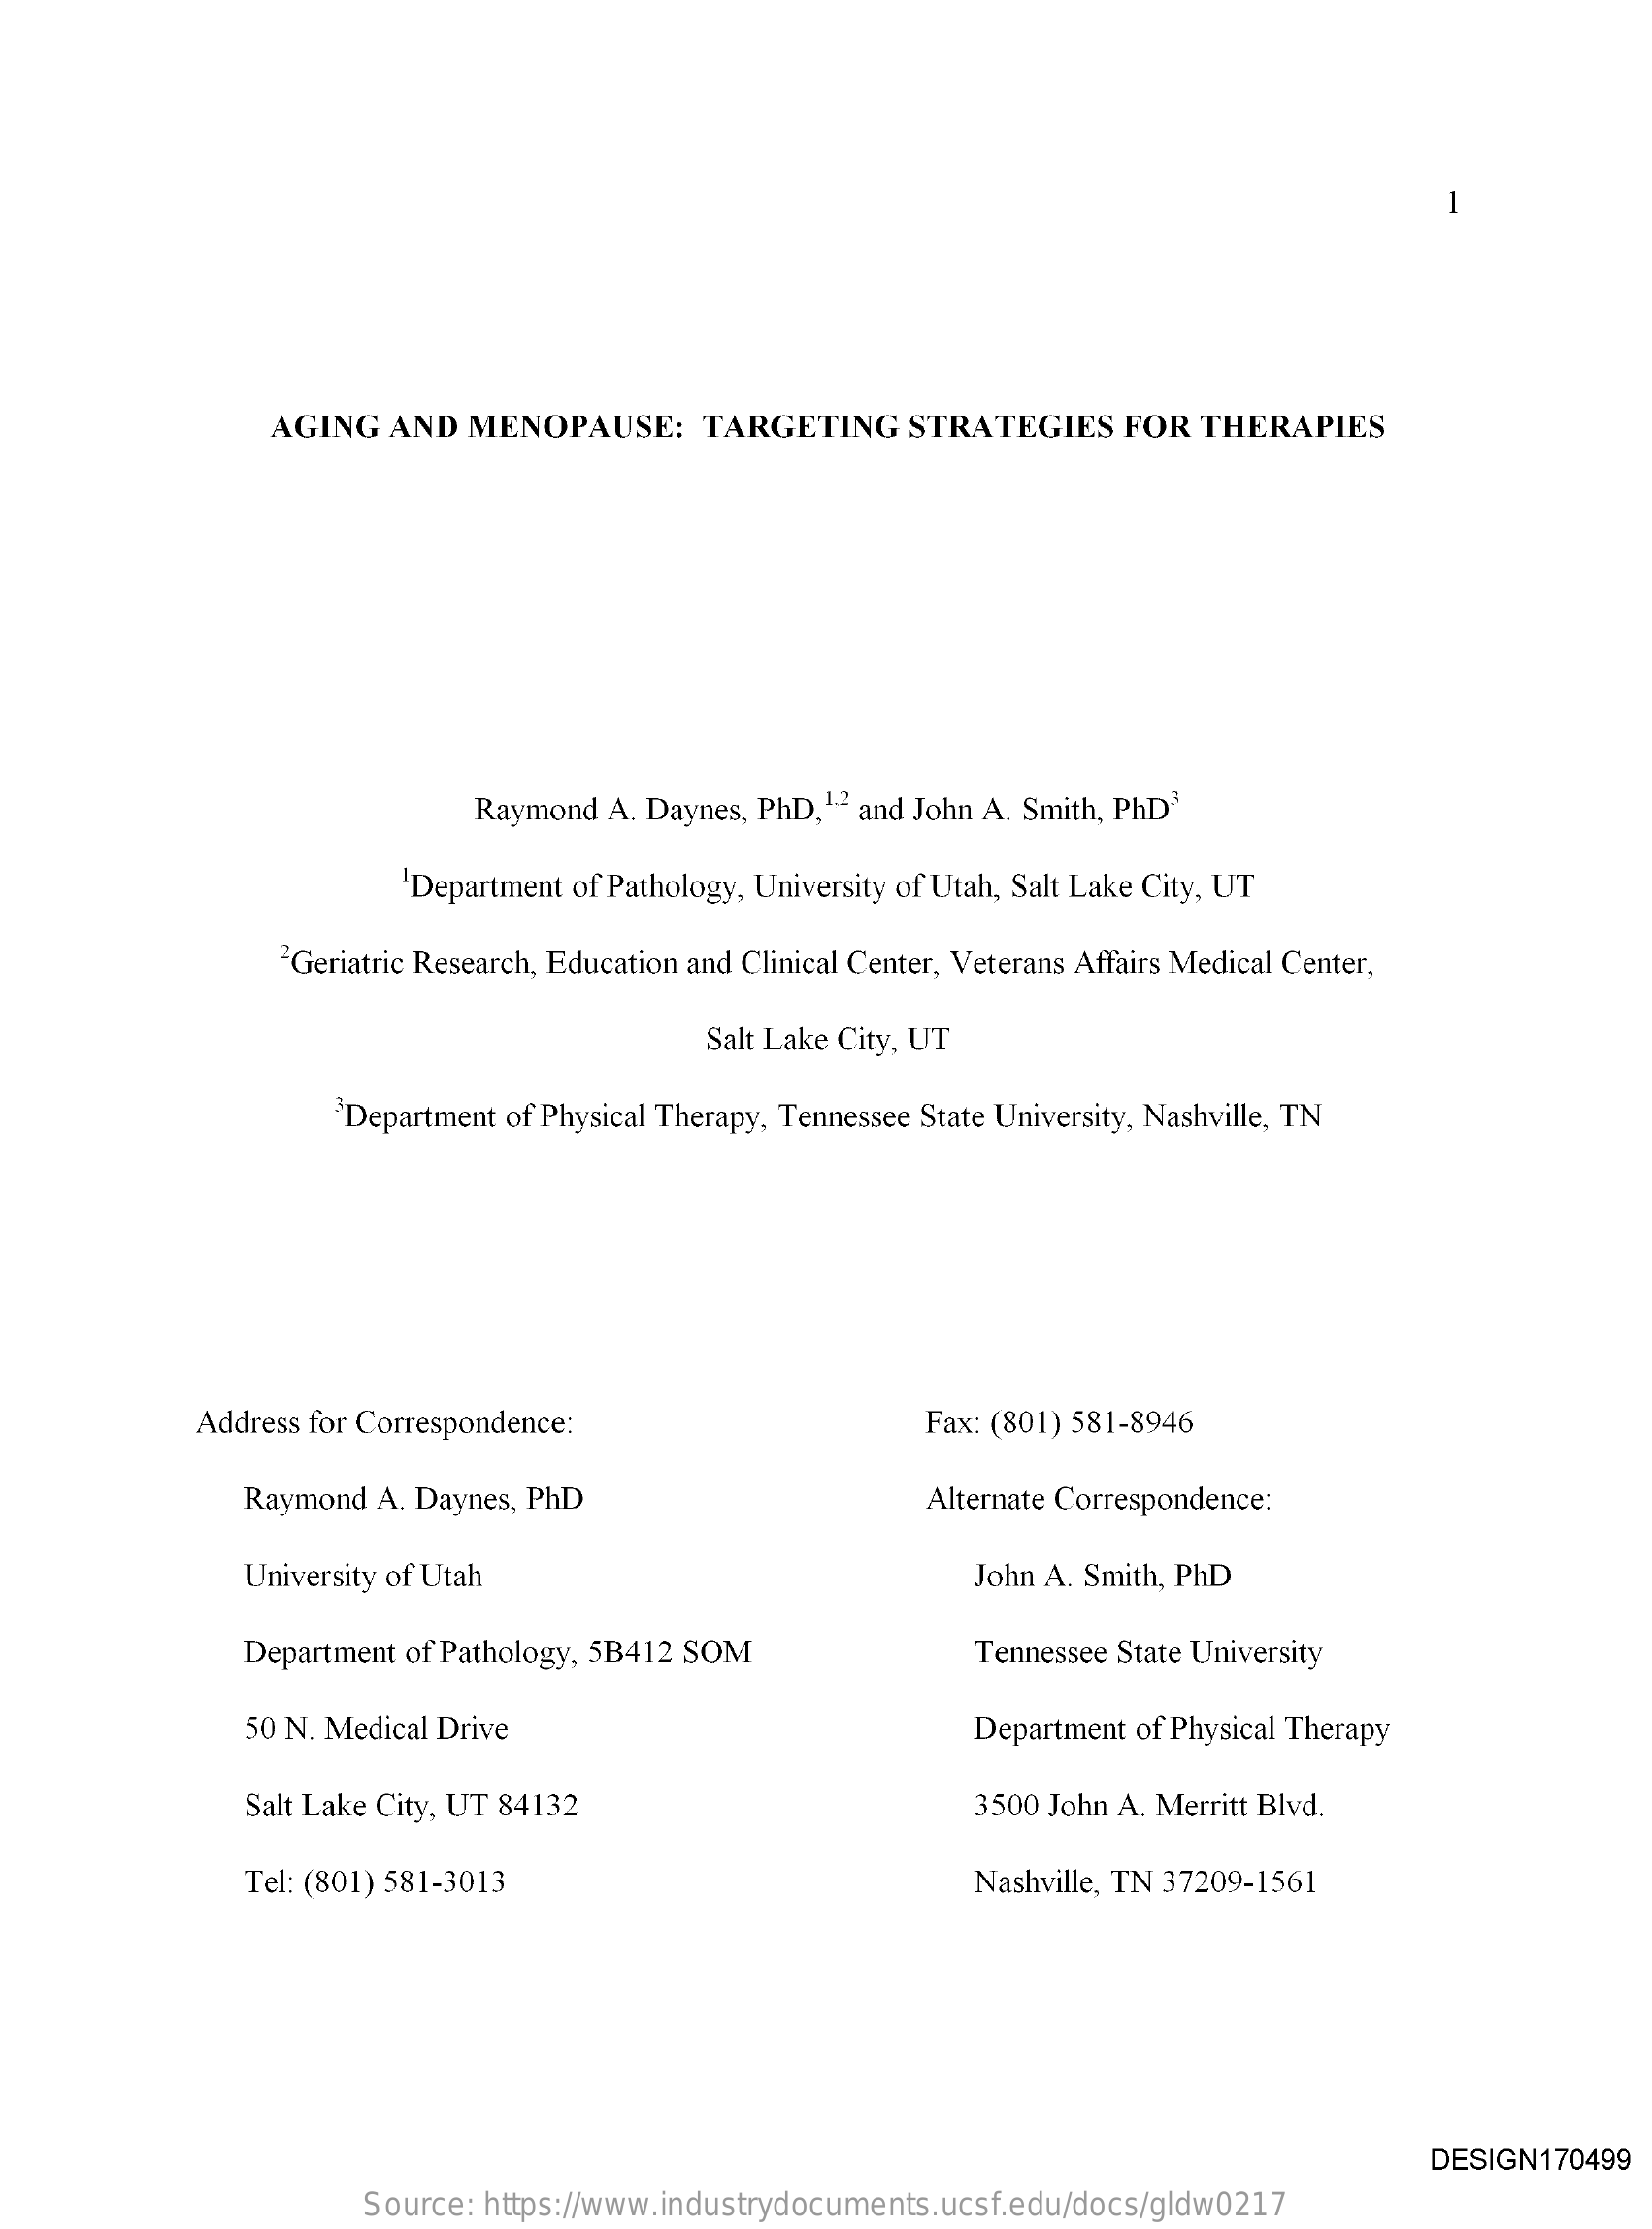
AGING   AND  MENOPAUSE:    TARGETING    STRATEGIES    FOR  THERAPIES
     Raymond   A. Daynes, PhD,1.2 and John A. Smith, PhD3
     'Department of Pathology, University of Utah, Salt Lake City, UT
     2Geriatric Research, Education and Clinical Center, Veterans Affairs Medical Center,
     Salt Lake City, UT
     Department of Physical Therapy, Tennessee State University, Nashville, TN
     Address for Correspondence:    Fax: (801) 581-8946
     Raymond  A. Daynes, PhD    Alternate Correspondence:
     University of Utah    John A. Smith, PhD
     Department of Pathology, 5B412 SOM    Tennessee State University
     50 N. Medical Drive    Department of Physical Therapy
     Salt Lake City, UT 84132    3500 John A. Merritt Blvd.
     Tel: (801) 581-3013    Nashville, TN 37209-1561
     DESIGN170499
     Source:  https://www.industrydocuments.ucsf.edu/docs/gldw0217